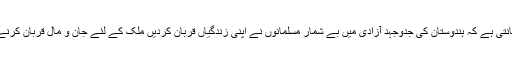
یہ بھی آر ایس ایس کا ایجنڈہ ہے حالانکہ ساری دنیا جانتی ہے کہ ہندوستان کی جدوجہد آزادی میں بے شمار مسلمانوں نے اپنی زندگیاں قربان کردیں ملک کے لئے جان و مال قربان کرنے والوں میں مسلمانوں کا مقابلہ کوئی اور نہیں کرسکتا۔